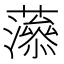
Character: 𧁑